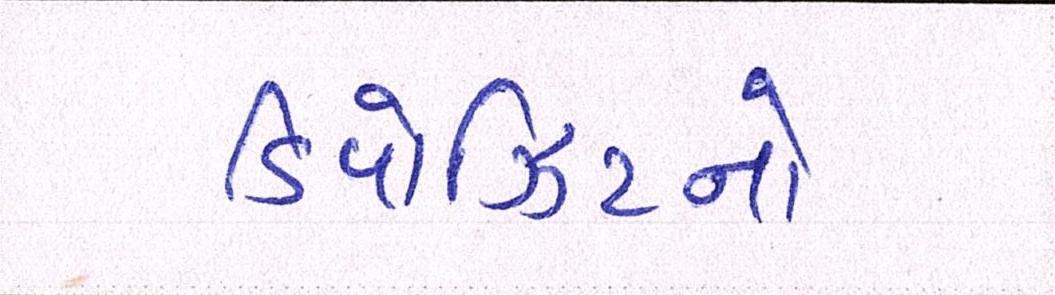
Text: ડિપોઝિટનો